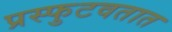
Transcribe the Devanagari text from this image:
प्रस्फुटवतात